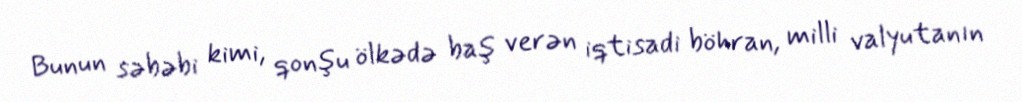
Bunun səbəbi kimi, qonşu ölkədə baş verən iqtisadi böhran, milli valyutanın